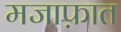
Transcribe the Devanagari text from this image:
मजाफ़ात